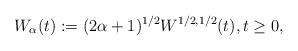
LaTeX: \begin{align*} W_\alpha(t):=(2 \alpha+1)^{1/2}W^{1/2,1/2}(t),t\ge 0,\end{align*}